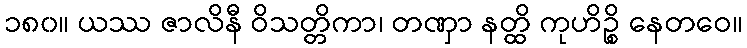
၁၈၀။ ယဿ ဇာလိနီ ဝိသတ္တိကာ၊ တဏှာ နတ္ထိ ကုဟိဉ္စိ နေတဝေ။